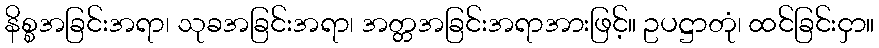
နိစ္စအခြင်းအရာ၊ သုခအခြင်းအရာ၊ အတ္တအခြင်းအရာအားဖြင့်။ ဥပဋ္ဌာတုံ၊ ထင်ခြင်းငှာ။